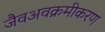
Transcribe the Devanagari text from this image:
जैवअवक्रमीकरण